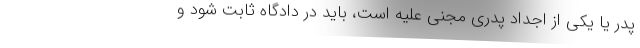
پدر یا یکی از اجداد پدری مجنی علیه است، باید در دادگاه ثابت شود و